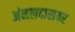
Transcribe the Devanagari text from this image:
अंमलदारावर